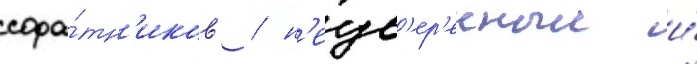
сора́тн'иков / н'еув'ер'енныи и́